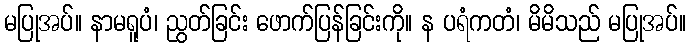
မပြုအပ်။ နာမရူပံ၊ ညွတ်ခြင်း ဖောက်ပြန်ခြင်းကို။ န ပရံကတံ၊ မိမိသည် မပြုအပ်။